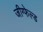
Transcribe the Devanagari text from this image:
जीग्फेल्ड